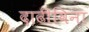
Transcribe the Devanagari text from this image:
दाढीविना